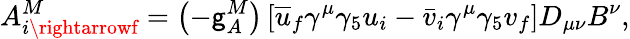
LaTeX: A_{i\rightarrowf}^{M}=\left(-\mathsf{g}_{A}^{M}\right)\left[\overline{{{{u}}}}_{f}\gamma^{\mu}\gamma_{5}u_{i}-\bar{{v}}_{i}\gamma^{\mu}\gamma_{5}v_{f}\right]D_{\mu\nu}B^{\nu},